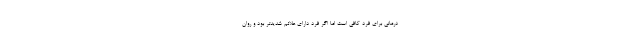
درمانی برای فرد کافی است اما اگر فرد دارای علائم شدیدتر بود و روان